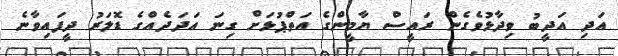
އަދި އަދީބު ވިދާޅުވެގެން ރައީސް ޔާމީންގެ އަތްޕުޅަށް ގިނަ އަދަދެއްގެ ޑޮލަރު ދީފައިވާނެ